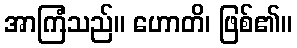
အာကြံသည်။ ဟောတိ၊ ဖြစ်၏။